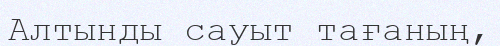
Алтынды сауыт тағаның,